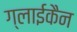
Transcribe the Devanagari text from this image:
ग्लाईकैन